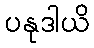
ပနုဒါယိ